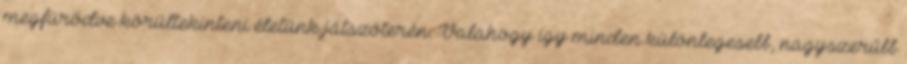
megfürödve körültekinteni életünk játszóterén. Valahogy így minden különlegesebb, nagyszerűbb